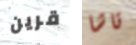
قرين تاشا